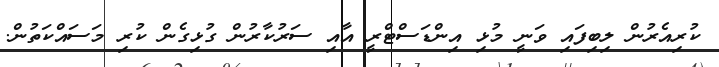
ކުރިއެރުން ލިބިފައި ވަނީ މުޅި އިންޑަސްޓްރީ އާއި ސަރުކާރުން ގުޅިގެން ކުރި މަސައްކަތުން.